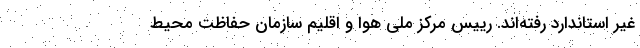
غیر استاندارد رفته‌اند. رییس مرکز ملی هوا و اقلیم سازمان حفاظت محیط